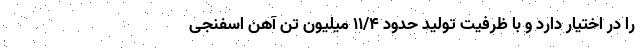
را در اختیار دارد و با ظرفیت تولید حدود ۱۱/۴ میلیون تن آهن اسفنجی